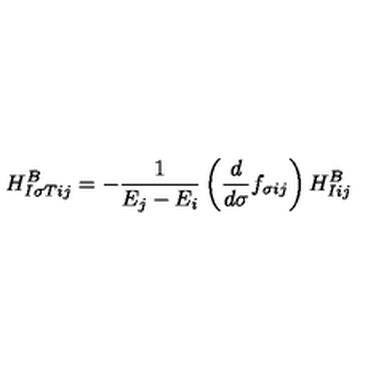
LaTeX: H _ { I \sigma T i j } ^ { B } = - { \frac { 1 } { E _ { j } - E _ { i } } } \left( { \frac { d } { d \sigma } } f _ { \sigma i j } \right) H _ { I i j } ^ { B }